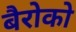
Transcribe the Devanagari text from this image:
बैरोको